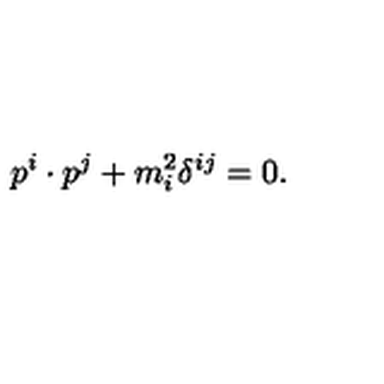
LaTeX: p ^ { i } \cdot p ^ { j } + m _ { i } ^ { 2 } \delta ^ { i j } = 0 .